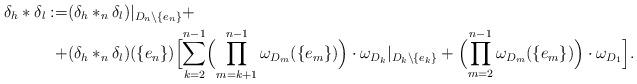
LaTeX: \begin{align*}\delta_h*\delta_l:=&(\delta_h*_n\delta_l)|_{D_n\setminus\{e_n\}} + \\+&(\delta_h*_n\delta_l)(\{e_n\})\Bigl[\sum_{k=2}^{n-1}\Bigl( \prod_{m=k+1}^{n-1}\omega_{D_m}(\{e_m\})\Bigr)\cdot \omega_{D_k}|_{D_k\setminus\{e_k\}}+\Bigl( \prod_{m=2}^{n-1}\omega_{D_m}(\{e_m\})\Bigr)\cdot \omega_{D_1}\Bigr].\end{align*}